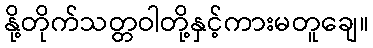
နို့တိုက်သတ္တဝါတို့နှင့်ကားမတူချေ။